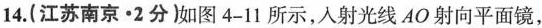
14.(江苏南京·2分)如图4-11所示，入射光线AO射向平面镜，